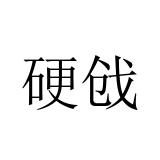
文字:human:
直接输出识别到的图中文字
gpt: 硬戗